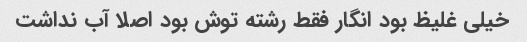
خیلی غلیظ بود انگار فقط رشته توش بود اصلا آب نداشت